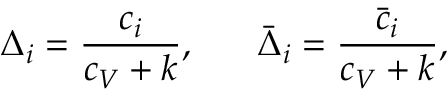
\Delta _ { i } = { \frac { c _ { i } } { c _ { V } + k } } , \; \; \; \; \; \; \bar { \Delta } _ { i } = { \frac { \bar { c } _ { i } } { c _ { V } + k } } ,